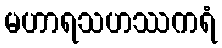
မဟာရသဟဿကရံ